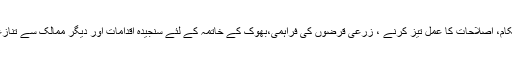
جسکا حل اقتصادی اور سیاسی استحکام، اصلاحات کا عمل تیز کرنے ، زرعی قرضوں کی فراہمی،بھوک کے خاتمہ کے لئے سنجیدہ اقدامات اور دیگر ممالک سے تنازعات کے فوری حل میں مضمر ہے۔